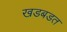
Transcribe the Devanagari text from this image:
खडबडत